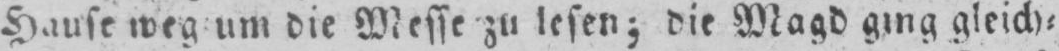
Hause weg um die Messe zu lesen; die Magd ging gleich⸗